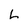
Character: L